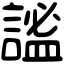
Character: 謐